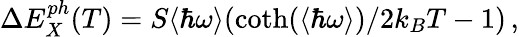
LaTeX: \Delta E_{X}^{ph}(T)=S\langle\hbar\omega\rangle(\coth(\langle\hbar\omega\rangle)/2k_{B}T-1)\, ,